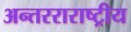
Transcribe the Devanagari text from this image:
अन्तरराराष्ट्रीय